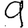
Digit: 9